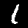
Label: 1